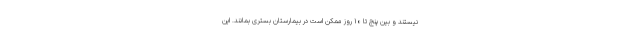
نیستند و بین پنج تا ۱۰ روز ممکن است در بیمارستان بستری بمانند. این